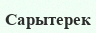
Сарытерек